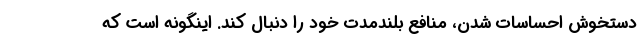
دستخوش احساسات شدن، منافع بلندمدت خود را دنبال کند. اینگونه است که